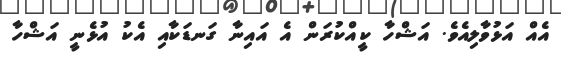
އެއް އަޅުވާލިއެވެ. އަޝްހާ ކީއްކުރަން އެ އައިނާ ގަނޑަކާއި އެކު އުޅެނީ އަޝްހާ